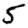
Digit: 5